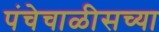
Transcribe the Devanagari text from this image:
पंचेचाळीसच्या